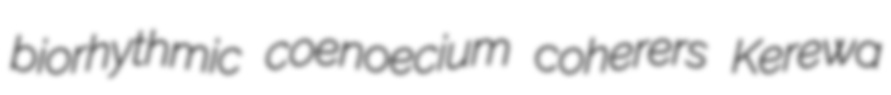
biorhythmic coenoecium coherers Kerewa